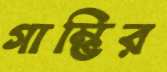
গাম্ভির